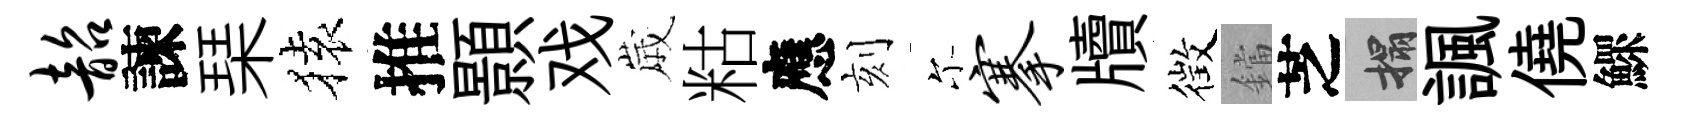
韶諫琹𫞤推顥戏𡻕䊀應刻尓搴牘徴鐺芝搨諷僥鰥